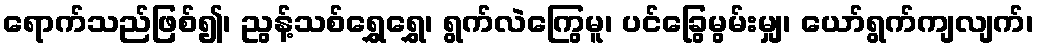
ရောက်သည်ဖြစ်၍၊ ညွန့်သစ်ရွှေရွှေ၊ ရွက်လဲကြွေမူ၊ ပင်ခြွေမွမ်းမျှ၊ ယော်ရွက်ကျလျက်၊